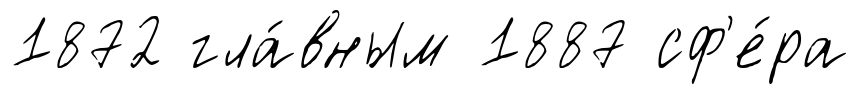
1872 гла́вным 1887 сф'е́ра